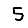
Digit: 5